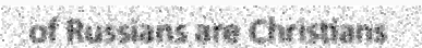
of Russians are Christians